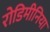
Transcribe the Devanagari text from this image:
रोडिमीनिया